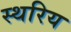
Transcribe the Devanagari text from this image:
स्थरिय